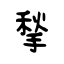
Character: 揫